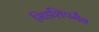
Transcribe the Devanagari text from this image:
मिडशिपमैन